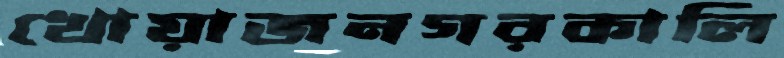
খোয়াজনগরকালি